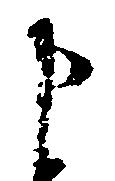
申